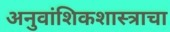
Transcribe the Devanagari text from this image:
अनुवांशिकशास्त्राचा